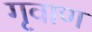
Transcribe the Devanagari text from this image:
गृवाण